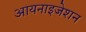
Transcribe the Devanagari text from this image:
आयनाइजेशन